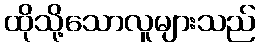
ထိုသို့သောလူများသည်